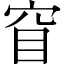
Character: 窅